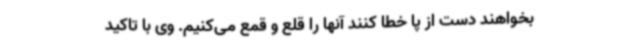
بخواهند دست از پا خطا کنند آنها را قلع و قمع می‌کنیم. وی با تاکید